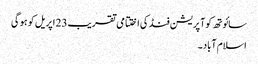
سائوتھ کوآپریشن فنڈ کی اختتامی تقریب 23 اپریل کو ہو گی
اسلام آباد ۔